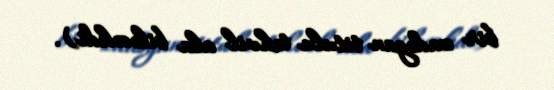
bir zadəgan titulu təhvil ala biləcəkdi).